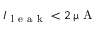
I _ { \mathrm { ~ l ~ e ~ a ~ k ~ } } < 2 \, \upmu \mathrm { ~ A ~ }